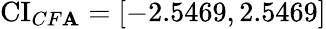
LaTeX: \operatorname{CI}_{CF\mathbf{A}}=[-2.5469,2.5469]